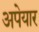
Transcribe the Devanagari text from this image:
अपेयार